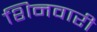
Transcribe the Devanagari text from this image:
शिनवारी